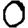
Digit: 0